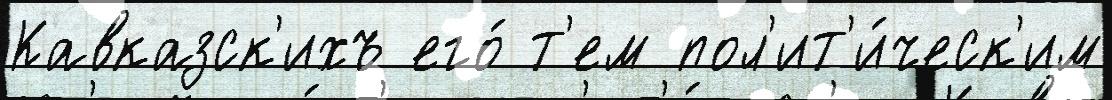
Кавказск'ихъ его́ т'ем пол'ит'и́ческ'им